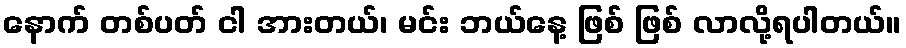
နောက် တစ်ပတ် ငါ အားတယ်၊ မင်း ဘယ်နေ့ ဖြစ် ဖြစ် လာလို့ရပါတယ်။